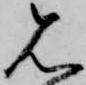
見